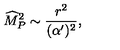
{ \widehat M } _ { P } ^ { 2 } \sim { \frac { r ^ { 2 } } { ( \alpha ^ { \prime } ) ^ { 2 } } } ,